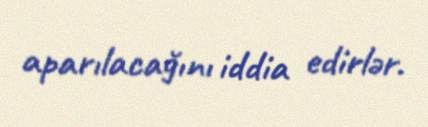
aparılacağını iddia edirlər.